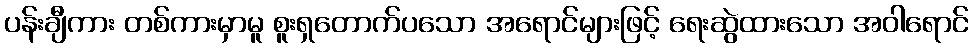
ပန်းချီကား တစ်ကားမှာမူ စူးရှတောက်ပသော အရောင်များဖြင့် ရေးဆွဲထားသော အဝါရောင်